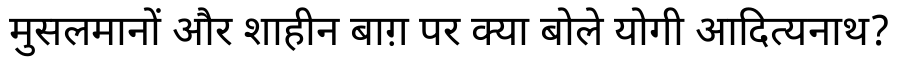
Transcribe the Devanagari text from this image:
मुसलमानों और शाहीन बाग़ पर क्या बोले योगी आदित्यनाथ?